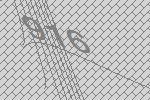
916